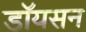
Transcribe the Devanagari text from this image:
डॉयसन